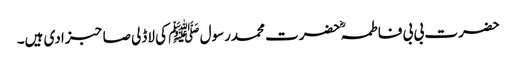
حضرت بی بی فاطمہؓ حضرت محمدرسول ﷺ کی لاڈلی صاحبزادی ہیں۔